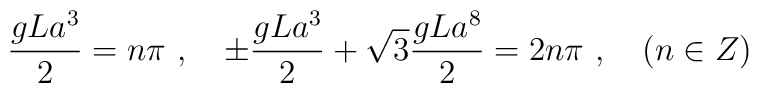
\frac{gLa^{3}}{2} = n \pi \ , \quad \pm \frac{gLa^{3}}{2}+ \sqrt{3}\frac{gLa^{8}}{2} = 2n\pi   \ , \quad(n \in Z)